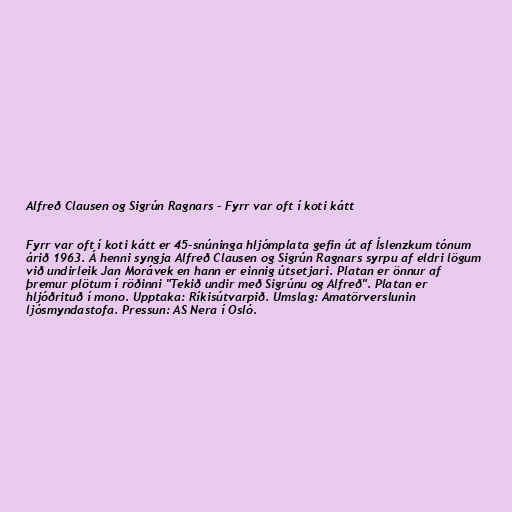
Alfreð Clausen og Sigrún Ragnars - Fyrr var oft í koti kátt

Fyrr var oft í koti kátt er 45-snúninga hljómplata gefin út af Íslenzkum tónum
árið 1963. Á henni syngja Alfreð Clausen og Sigrún Ragnars syrpu af eldri lögum
við undirleik Jan Morávek en hann er einnig útsetjari. Platan er önnur af
þremur plötum í röðinni "Tekið undir með Sigrúnu og Alfreð". Platan er
hljóðrituð í mono. Upptaka: Ríkisútvarpið. Umslag: Amatörverslunin
ljósmyndastofa. Pressun: AS Nera í Osló.